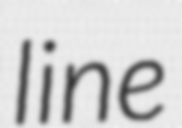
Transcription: line